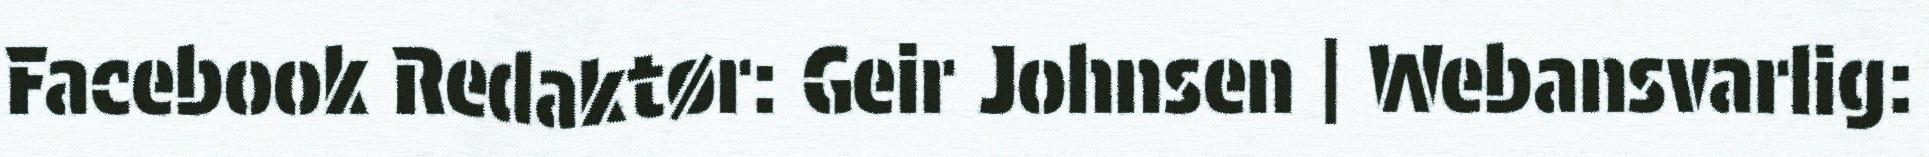
Facebook Redaktør: Geir Johnsen | Webansvarlig: